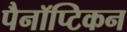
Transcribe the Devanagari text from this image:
पैनॉप्टिकन